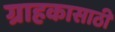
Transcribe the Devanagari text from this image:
ग्राहकासाठी